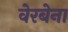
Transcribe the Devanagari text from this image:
वेरबेना